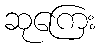
ဆုကြေး